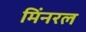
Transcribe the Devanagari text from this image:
मिंनरल